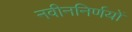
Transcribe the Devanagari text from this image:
नवीननिर्णयों